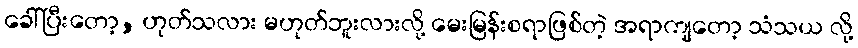
ခေါ်ပြီးတော့, ဟုတ်သလား မဟုတ်ဘူးလားလို့ မေးမြန်းစရာဖြစ်တဲ့ အရာကျတော့ သံသယ လို့